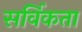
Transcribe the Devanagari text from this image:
सर्विकता